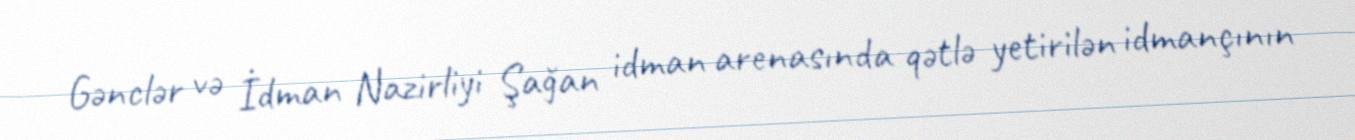
Gənclər və İdman Nazirliyi Şağan idman arenasında qətlə yetirilən idmançının